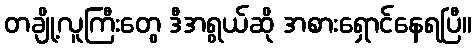
တချို့လူကြီးတွေ ဒီအရွယ်ဆို အစားရှောင်နေရပြီ။